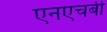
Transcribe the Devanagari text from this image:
एनएचबी